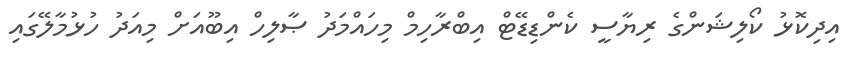
އިދިކޮޅު ކޯލިޝަންގެ ރިޔާސީ ކެންޑިޑޭޓް އިބްރާހިމް މިހައްމަދު ޞާލިހް އިބޫއަށް މިއަދު ހުޅުމާލޭގައި